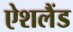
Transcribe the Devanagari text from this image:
ऐशलैंड